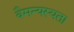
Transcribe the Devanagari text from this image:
वैमन्यस्यता